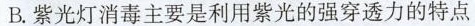
B.紫光灯消毒主要是利用紫光的强穿透力的特点